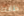
ظابط